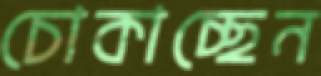
চোকাচ্ছেন